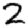
Digit: 2